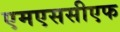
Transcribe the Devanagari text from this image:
एमएससीएफ